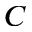
C